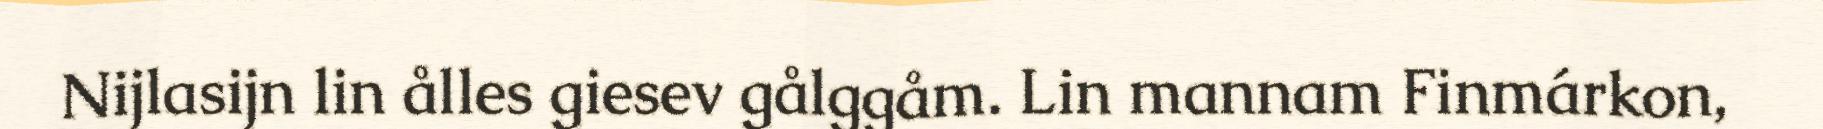
Nijlasijn lin ålles giesev gålggåm. Lin mannam Finmárkon,